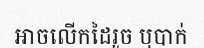
អាចលើកដៃរួច ឬបាក់